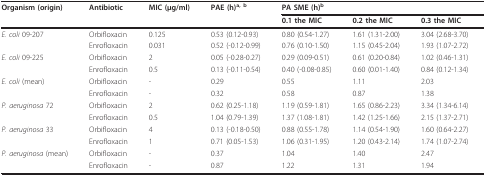
<table><thead><tr><td><b>Organism (origin)</b></td><td><b>Antibiotic</b></td><td><b>MIC (μg/ml)</b></td><td><b>PAE (h)<sup>a, b</sup></b></td><td colspan="3"><b>PA SME (h)<sup>b</sup></b></td></tr><tr><td></td><td></td><td></td><td></td><td><b>0.1 the MIC</b></td><td><b>0.2 the MIC</b></td><td><b>0.3 the MIC</b></td></tr></thead><tbody><tr><td><i>E. coli </i>09-207</td><td>Orbifloxacin</td><td>0.125</td><td>0.53 (0.12-0.93)</td><td>0.80 (0.54-1.27)</td><td>1.61 (1.31-2.00)</td><td>3.04 (2.68-3.70)</td></tr><tr><td></td><td>Enrofloxacin</td><td>0.031</td><td>0.52 (-0.12-0.99)</td><td>0.76 (0.10-1.50)</td><td>1.15 (0.45-2.04)</td><td>1.93 (1.07-2.72)</td></tr><tr><td><i>E. coli </i>09-225</td><td>Orbifloxacin</td><td>2</td><td>0.05 (-0.28-0.27)</td><td>0.29 (0.09-0.51)</td><td>0.61 (0.20-0.84)</td><td>1.02 (0.46-1.31)</td></tr><tr><td></td><td>Enrofloxacin</td><td>0.5</td><td>0.13 (-0.11-0.54)</td><td>0.40 (-0.08-0.85)</td><td>0.60 (0.01-1.40)</td><td>0.84 (0.12-1.34)</td></tr><tr><td><i>E. coli </i>(mean)</td><td>Orbifloxacin</td><td>-</td><td>0.29</td><td>0.55</td><td>1.11</td><td>2.03</td></tr><tr><td></td><td>Enrofloxacin</td><td>-</td><td>0.32</td><td>0.58</td><td>0.87</td><td>1.38</td></tr><tr><td><i>P. aeruginosa </i>72</td><td>Orbifloxacin</td><td>2</td><td>0.62 (0.25-1.18)</td><td>1.19 (0.59-1.81)</td><td>1.65 (0.86-2.23)</td><td>3.34 (1.34-6.14)</td></tr><tr><td></td><td>Enrofloxacin</td><td>0.5</td><td>1.04 (0.79-1.39)</td><td>1.37 (1.08-1.81)</td><td>1.42 (1.25-1.66)</td><td>2.15 (1.37-2.71)</td></tr><tr><td><i>P. aeruginosa </i>33</td><td>Orbifloxacin</td><td>4</td><td>0.13 (-0.18-0.50)</td><td>0.88 (0.55-1.78)</td><td>1.14 (0.54-1.90)</td><td>1.60 (0.64-2.27)</td></tr><tr><td></td><td>Enrofloxacin</td><td>1</td><td>0.71 (0.05-1.53)</td><td>1.06 (0.31-1.95)</td><td>1.20 (0.43-2.14)</td><td>1.74 (1.07-2.74)</td></tr><tr><td><i>P. aeruginosa </i>(mean)</td><td>Orbifloxacin</td><td>-</td><td>0.37</td><td>1.04</td><td>1.40</td><td>2.47</td></tr><tr><td></td><td>Enrofloxacin</td><td>-</td><td>0.87</td><td>1.22</td><td>1.31</td><td>1.94</td></tr></tbody></table>